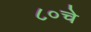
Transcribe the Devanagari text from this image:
८०चे